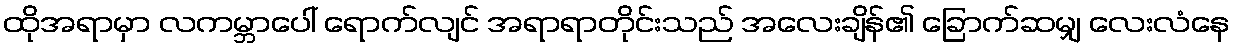
ထိုအရာမှာ လကမ္ဘာပေါ် ရောက်လျင် အရာရာတိုင်းသည် အလေးချိန်၏ ခြောက်ဆမျှ လေးလံနေ